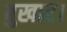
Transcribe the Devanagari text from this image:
बुखार।